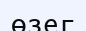
өзег